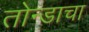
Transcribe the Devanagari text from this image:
तोन्डाचा